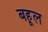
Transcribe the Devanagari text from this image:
बहूल